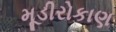
મૂડીરોકાણ